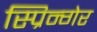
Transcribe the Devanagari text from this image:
स्प्रिन्गेर